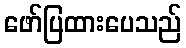
ဖော်ပြထားပေသည်